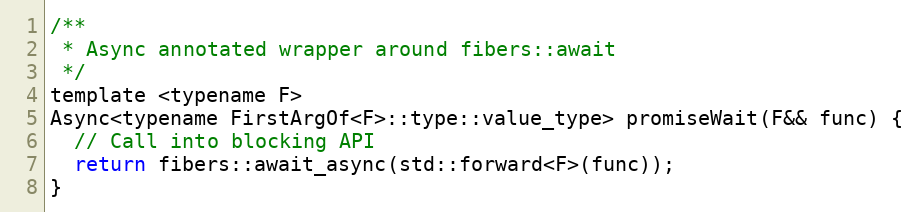
Language: C
/**
 * Async annotated wrapper around fibers::await
 */
template <typename F>
Async<typename FirstArgOf<F>::type::value_type> promiseWait(F&& func) {
  // Call into blocking API
  return fibers::await_async(std::forward<F>(func));
}